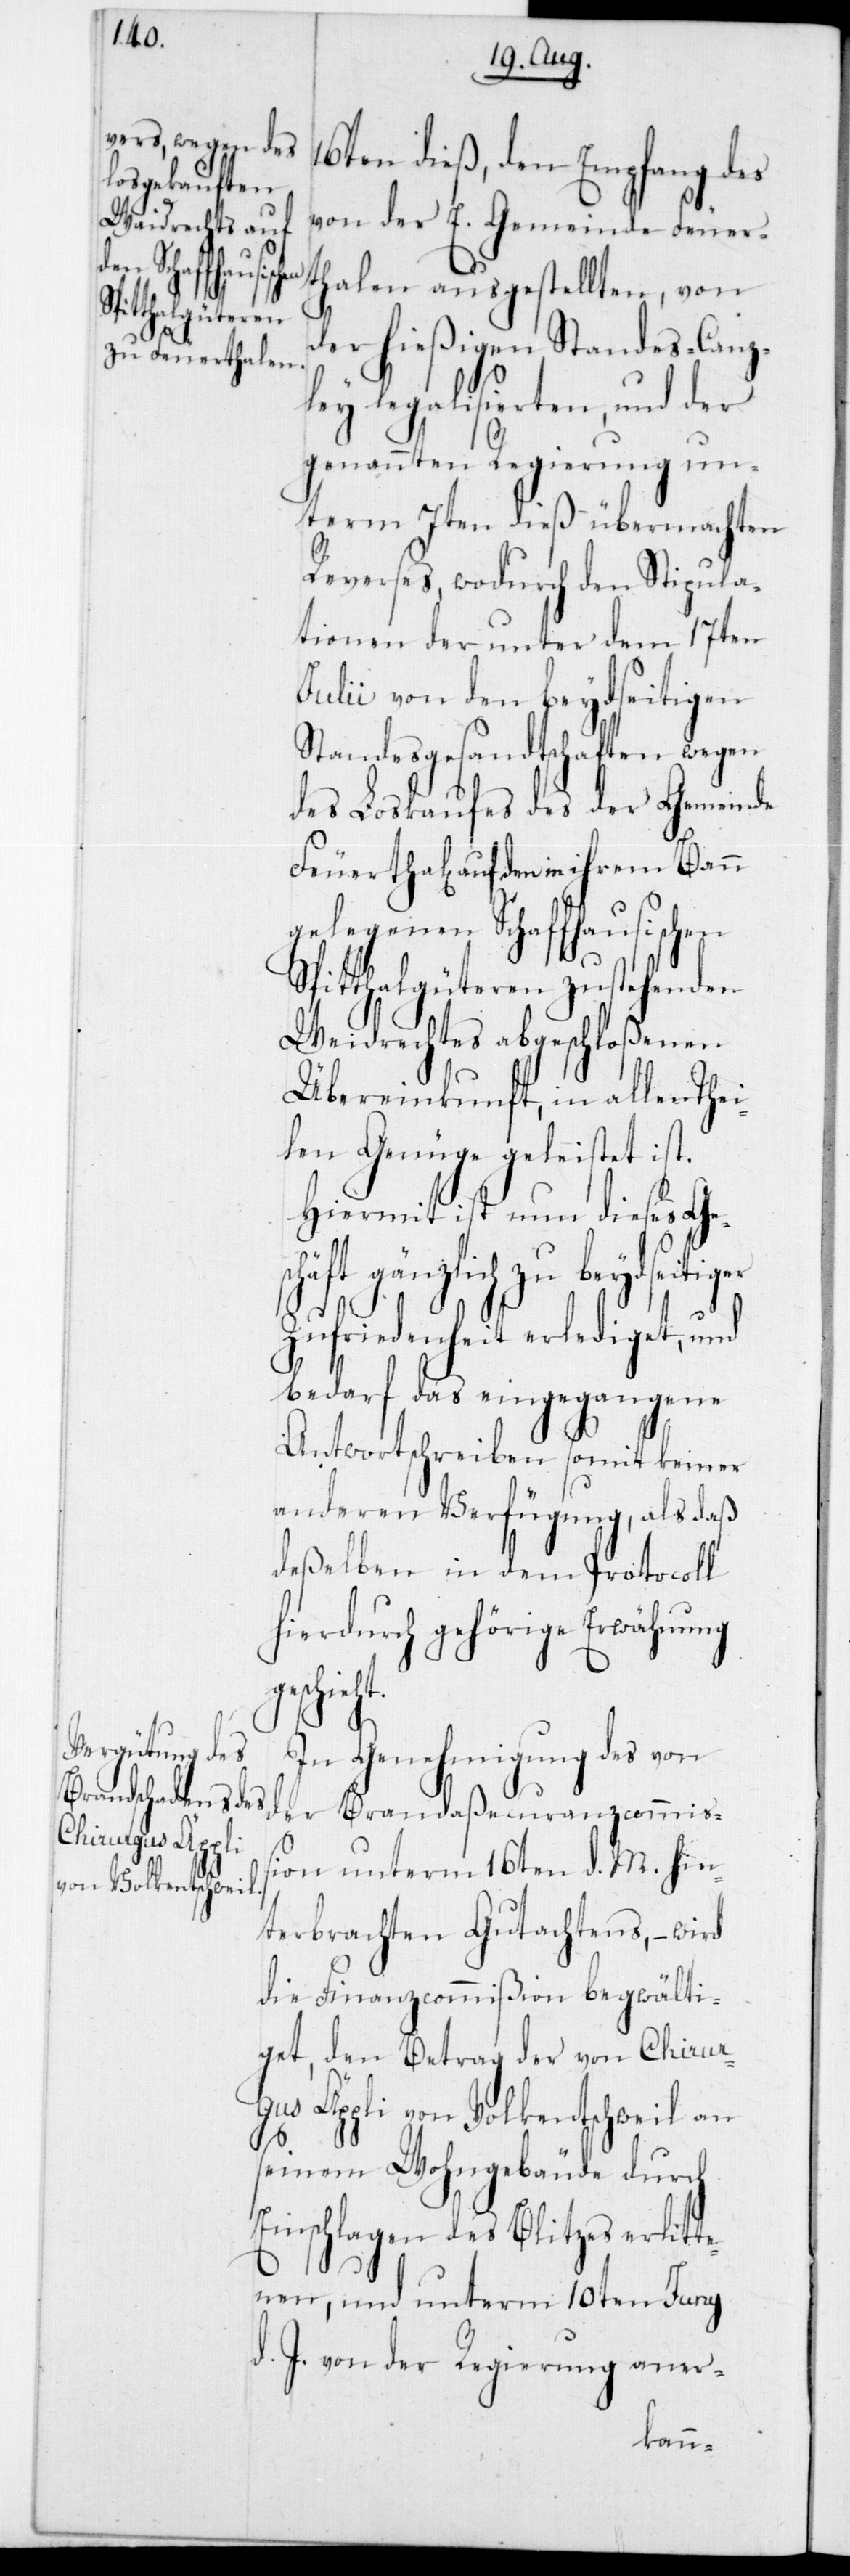
geschieht.

16ten dieß den Empfang des
von der E. Gemeinde Feuer¬
thalen ausgestellten, von
der hießigenStandes-Canz¬
ley legalisierten, und der
genannten Regierung un¬
term 7ten dieß übermachten
Reverses, wodurch den Stipula¬
tionen der unter dem 17ten
Julii von den beydseitigen¬
Standesgesandtschaften wegen
des Loskaufes des der Gemeinde
l[en] auf den in ihrem Bann
gelegenen Schaffhausischen
Spitthalgüteren zustehenden
Weidrechtes abgeschloßenen
Übereinkunft, in allen Thei¬
len Genüge geleistet ist.
Hiermit ist nun dieses Ge¬
schäft gänzlich zu beydseitiger
Zufriedenheit erlediget, und
bedarf das eingegangene
Antwortschreiben somit keiner
anderen Verfügung, als daß
deßelben in dem Protocoll
hierdurch gehörige Erwähnung
In Genehmigung des von
der Brandaßecuranzcommiß¬
ion unterm 16ten d. M. hin¬
terbrachten Gutachtens, – wird
die Finanzcommißion begwälti¬
get, den Betrag der von Chirur¬
gus Äppli von Volkentschweil an
seinem Wohngebäude durch
Einschlagen des Blitzes erlitte¬
nen, und unterm 10ten Juny
d. J. von der Regierung aner-